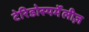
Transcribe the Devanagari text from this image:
टेरिडोस्पर्मेंलीज़